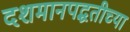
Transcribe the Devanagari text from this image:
दशमानपद्धतीच्या